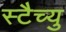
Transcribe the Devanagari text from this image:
स्टैच्यु